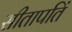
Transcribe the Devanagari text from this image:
सीतापतिं